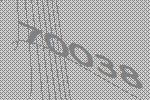
70038